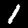
Digit: 1